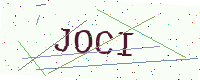
Text: JOCI